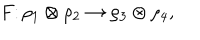
F \colon \rho _ { 1 } \otimes \rho _ { 2 } \to \rho _ { 3 } \otimes \rho _ { 4 } ,